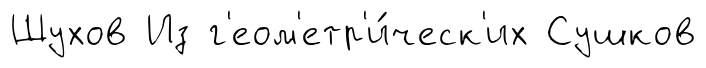
Шухов Из г'еом'етр'и́ческ'их Сушков